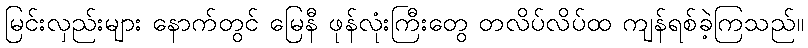
မြင်းလှည်းများ နောက်တွင် မြေနီ ဖုန်လုံးကြီးတွေ တလိပ်လိပ်ထ ကျန်ရစ်ခဲ့ကြသည်။